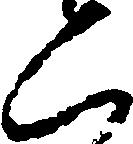
二